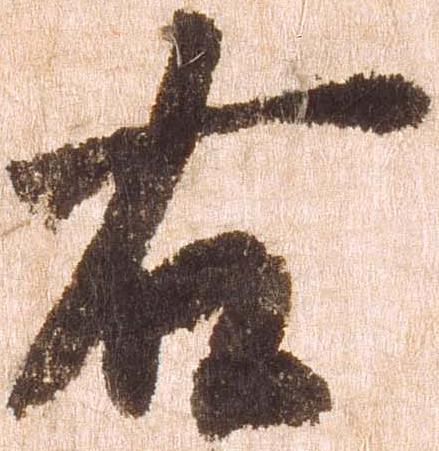
右